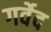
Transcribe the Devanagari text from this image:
गर्वेद